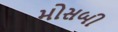
મોસબી